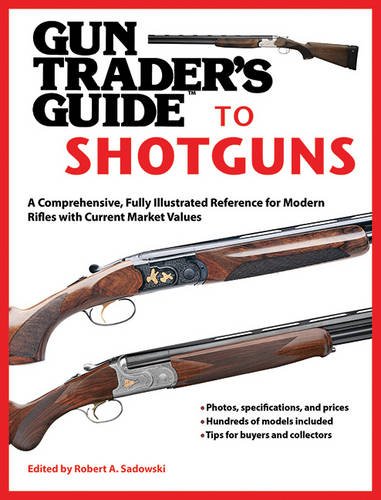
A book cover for Gun Trader's Guide to Shotguns: A Comprehensive, Fully Illustrated Reference for Modern Shotguns with Current Market Values; Sports & Outdoors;